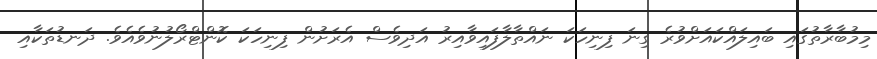
މިމުބާރާތުގައި ބައިލައްކައަށްވުރެ ގިނަ ފިނިހަކަ ނައްތާލާފައިވާއިރު އަދިވެސް އެރަށުން ފިނިހަކަ ކޮންޓްރޯލުނުވެއެވެ. ދަނޑުތަކާއި